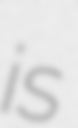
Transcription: is